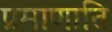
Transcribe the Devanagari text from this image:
प्रमाणाति